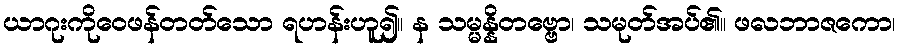
ယာဂုးကိုဝေဖန်တတ်သော ရဟန်းဟူ၍။ န သမ္မန္နိတဗ္ဗော၊ သမုတ်အပ်၏။ ဖလဘာဇကော၊